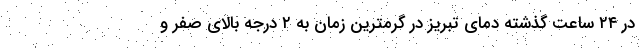
در ۲۴ ساعت گذشته دمای تبریز در گرمترین زمان به ۲ درجه بالای صفر و